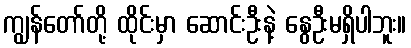
ကျွန်တော်တို့ ထိုင်းမှာ ဆောင်းဦးနဲ့ နွေဦးမရှိပါဘူး။